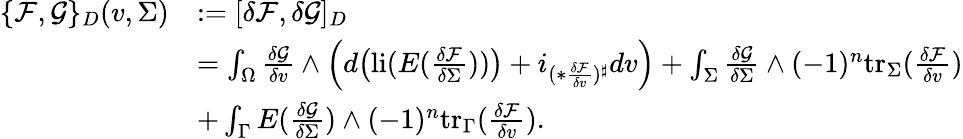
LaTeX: \begin{array}{rl}{\{ \mathcal{F},\mathcal{G}\} _{D}(v,\Sigma)}&{:=[\delta\mathcal{F},\delta\mathcal{G}]_{D}}\\ &{=\int_{\Omega}\frac{\delta\mathcal{G}}{\delta v}\wedge\Big(d\big(\mathrm{li}(E(\frac{\delta\mathcal{F}}{\delta\Sigma}))\big)+i_{(\ast\frac{\delta\mathcal{F}}{\delta v})^{\sharp}}dv\Big)+\int_{\Sigma}\frac{\delta\mathcal{G}}{\delta\Sigma}\wedge(-1)^{n}\mathrm{tr}_{\Sigma}(\frac{\delta\mathcal{F}}{\delta v})}\\ &{+\int_{\Gamma}E(\frac{\delta\mathcal{G}}{\delta\Sigma})\wedge(-1)^{n}\mathrm{tr}_{\Gamma}(\frac{\delta\mathcal{F}}{\delta v}).}\end{array}